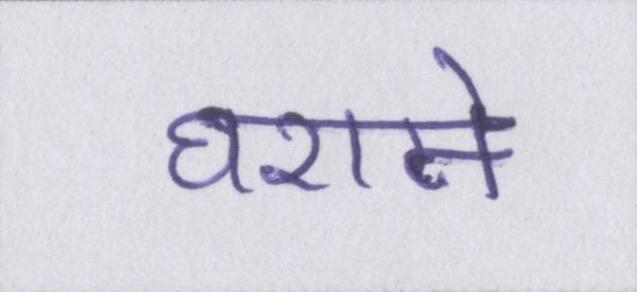
घराने